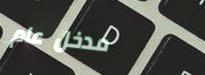
مدخل عام